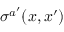
\sigma ^ { a ^ { \prime } } ( x , x ^ { \prime } )